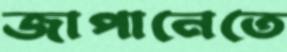
জাপানেতে